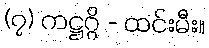
(၇) ကဋ္ဌဂ္ဂိ - ထင်းမီး။